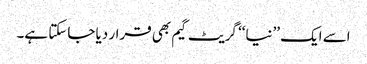
اسے ایک ’’نیا‘‘ گریٹ گیم بھی قرار دیا جاسکتا ہے۔